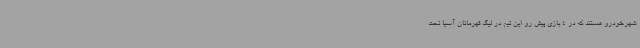
شهرخودرو هستند که در 4 بازی پیش رو این تیم در لیگ قهرمانان آسیا تحت